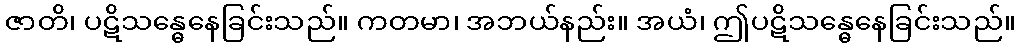
ဇာတိ၊ ပဋိသန္ဓေနေခြင်းသည်။ ကတမာ၊ အဘယ်နည်း။ အယံ၊ ဤပဋိသန္ဓေနေခြင်းသည်။